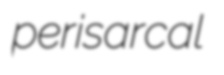
perisarcal